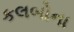
કલબોના